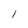
Character: 1